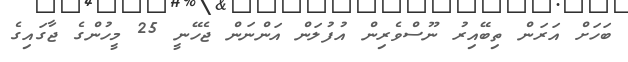
ބަހަށް އަރަން ތިބޭއިރު ނޫސްވެރިން އުފުލަން އަންނަން ޖެހޭނީ 25 މީހުންގެ ޖާގައިގެ